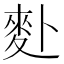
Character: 𪋿